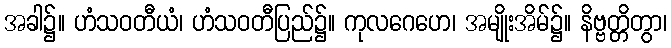
အခါ၌။ ဟံသဝတီယံ၊ ဟံသဝတီပြည်၌။ ကုလဂေဟေ၊ အမျိုးအိမ်၌။ နိဗ္ဗတ္တိတွာ၊